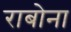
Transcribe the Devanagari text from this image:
राबोना